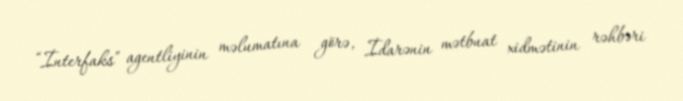
“İnterfaks” agentliyinin məlumatına görə, İdarənin mətbuat xidmətinin rəhbəri